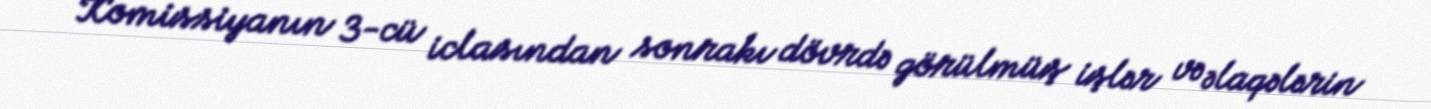
Komissiyanın 3-cü iclasından sonrakı dövrdə görülmüş işlər və əlaqələrin